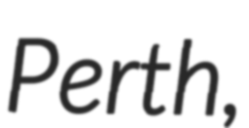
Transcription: Perth,